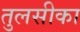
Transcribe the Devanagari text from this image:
तुलसीका